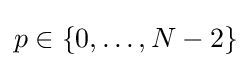
p\in {}\{0,\dots ,N-2\}